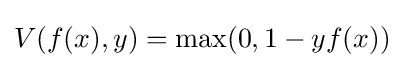
V(f(x),y)=\max(0,1-yf(x))